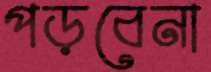
পড়বেনা